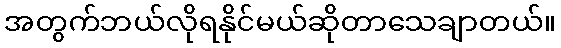
အတွက်ဘယ်လိုရနိုင်မယ်ဆိုတာသေချာတယ်။